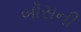
બૉસની